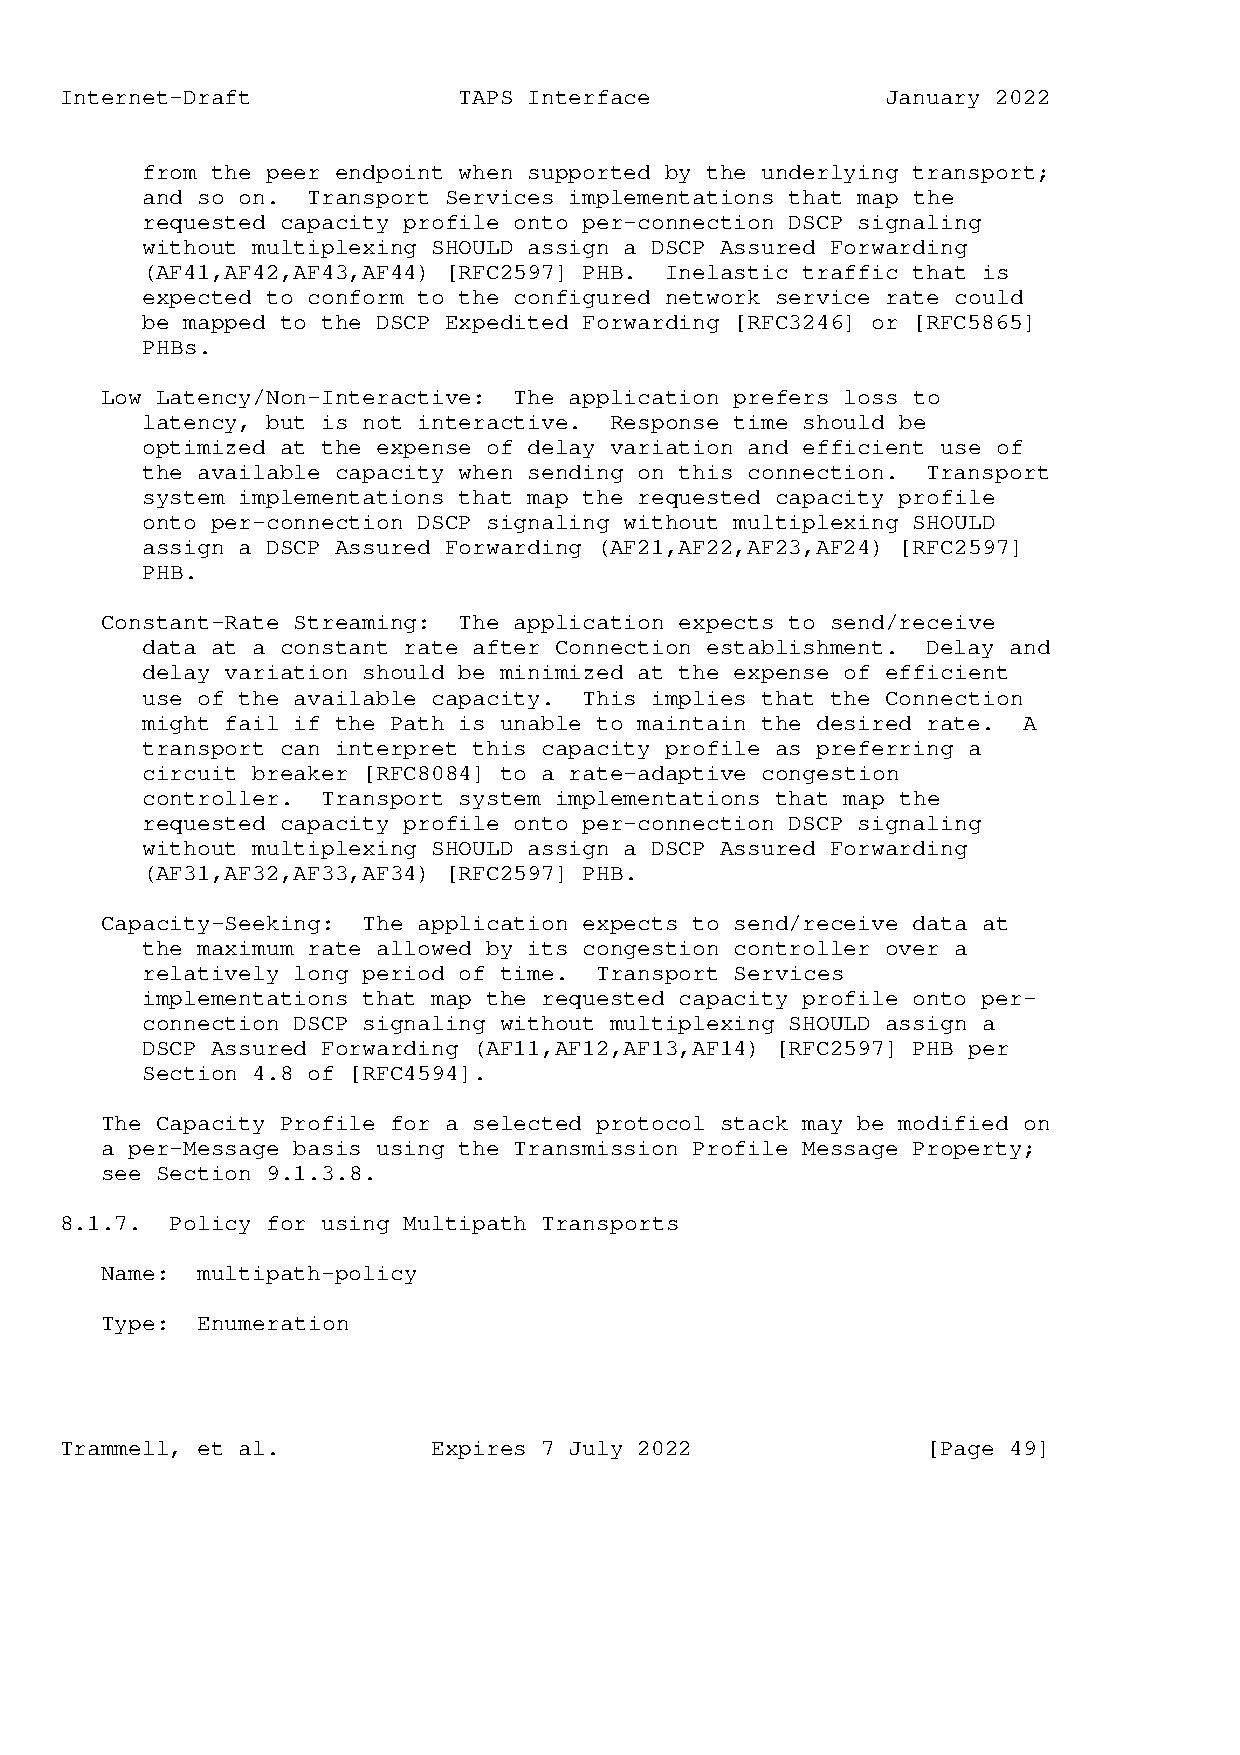
Internet-Draft            TAPS Interface               January 2022
 from the peer endpoint when supported by the underlying transport;
 and so on. Transport Services implementations that map the
 requested capacity profile onto per-connection DSCP signaling
 without multiplexing SHOULD assign a DSCP Assured Forwarding
 (AF41,AF42,AF43,AF44) [RFC2597] PHB. Inelastic traffic that is
 expected to conform to the configured network service rate could
 be mapped to the DSCP Expedited Forwarding [RFC3246] or [RFC5865]
 PHBs.
 Low Latency/Non-Interactive: The application prefers loss to
 latency, but is not interactive. Response time should be
 optimized at the expense of delay variation and efficient use of
 the available capacity when sending on this connection. Transport
 system implementations that map the requested capacity profile
 onto per-connection DSCP signaling without multiplexing SHOULD
 assign a DSCP Assured Forwarding (AF21,AF22,AF23,AF24) [RFC2597]
 PHB.
 Constant-Rate Streaming: The application expects to send/receive
 data at a constant rate after Connection establishment. Delay and
 delay variation should be minimized at the expense of efficient
 use of the available capacity. This implies that the Connection
 might fail if the Path is unable to maintain the desired rate. A
 transport can interpret this capacity profile as preferring a
 circuit breaker [RFC8084] to a rate-adaptive congestion
 controller. Transport system implementations that map the
 requested capacity profile onto per-connection DSCP signaling
 without multiplexing SHOULD assign a DSCP Assured Forwarding
 (AF31,AF32,AF33,AF34) [RFC2597] PHB.
 Capacity-Seeking: The application expects to send/receive data at
 the maximum rate allowed by its congestion controller over a
 relatively long period of time. Transport Services
 implementations that map the requested capacity profile onto per-
 connection DSCP signaling without multiplexing SHOULD assign a
 DSCP Assured Forwarding (AF11,AF12,AF13,AF14) [RFC2597] PHB per
 Section 4.8 of [RFC4594].
 The Capacity Profile for a selected protocol stack may be modified on
 a per-Message basis using the Transmission Profile Message Property;
 see Section 9.1.3.8.
 8.1.7. Policy for using Multipath Transports
 Name: multipath-policy
 Type: Enumeration
 Trammell, et al.         Expires 7 July 2022             [Page 49]